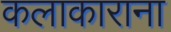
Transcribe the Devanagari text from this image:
कलाकाराना